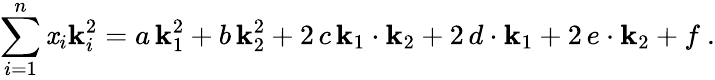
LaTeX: \sum_{i=1}^{n}\mathit{x}_{i}\mathbf{k}_{i}^{2}=a\, \mathbf{k}_{1}^{2}+b\, \mathbf{k}_{2}^{2}+2\, c\, \mathbf{k}_{1}\cdot\mathbf{k}_{2}+2\, d\cdot\mathbf{k}_{1}+2\, e\cdot\mathbf{k}_{2}+f\ .